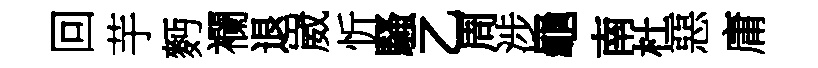
回芋麪襴退崴忻騷乙周涉龜南杜惡庸